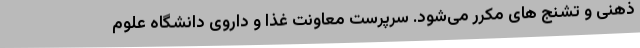
ذهنی و تشنج های مکرر می‌شود. سرپرست معاونت غذا و داروی دانشگاه علوم